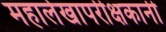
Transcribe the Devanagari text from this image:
महालेखापरीक्षकानी